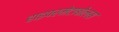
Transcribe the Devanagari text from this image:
हाइपरमेटाबोलस